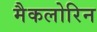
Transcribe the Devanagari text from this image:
मैकलोरिन